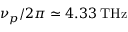
\nu _ { p } / 2 \pi \simeq 4 . 3 3 \: \mathrm { T H z }